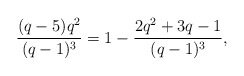
\begin{align*}\frac{(q-5)q^2}{(q-1)^3}=1-\frac{2q^2+3q-1}{(q-1)^3},\end{align*}